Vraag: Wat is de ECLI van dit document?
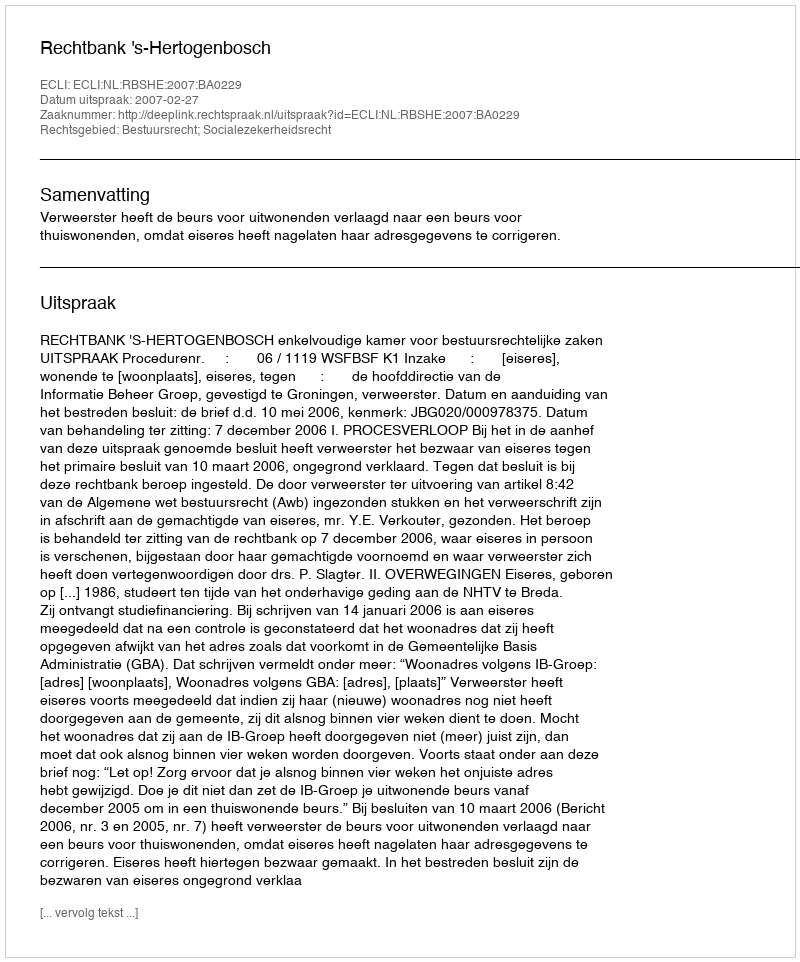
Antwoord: ECLI:NL:RBSHE:2007:BA0229